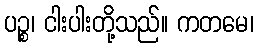
ပဉ္စ၊ ငါးပါးတို့သည်။ ကတမေ၊